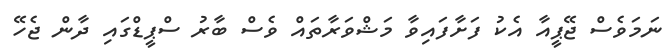
ނަމަވެސް ޖޭޕީއާ އެކު ފަށާފައިވާ މަޝްވަރާތައް ވެސް ބާރު ސްޕީޑްގައި ދާން ޖެހޭ